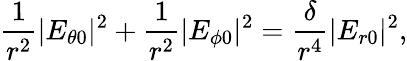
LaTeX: \frac{1}{r^{2}}|E_{\theta 0}|^{2}+\frac{1}{r^{2}}|E_{\phi 0}|^{2}=\frac{\delta}{r^{4}}|E_{r0}|^{2},